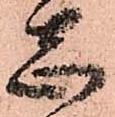
志